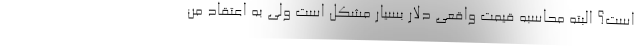
است؟ البته محاسبه قیمت واقعی دلار بسیار مشکل است ولی به اعتقاد من